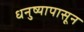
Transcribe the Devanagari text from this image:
धनुष्यापासून